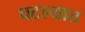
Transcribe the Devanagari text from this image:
घटल्यात